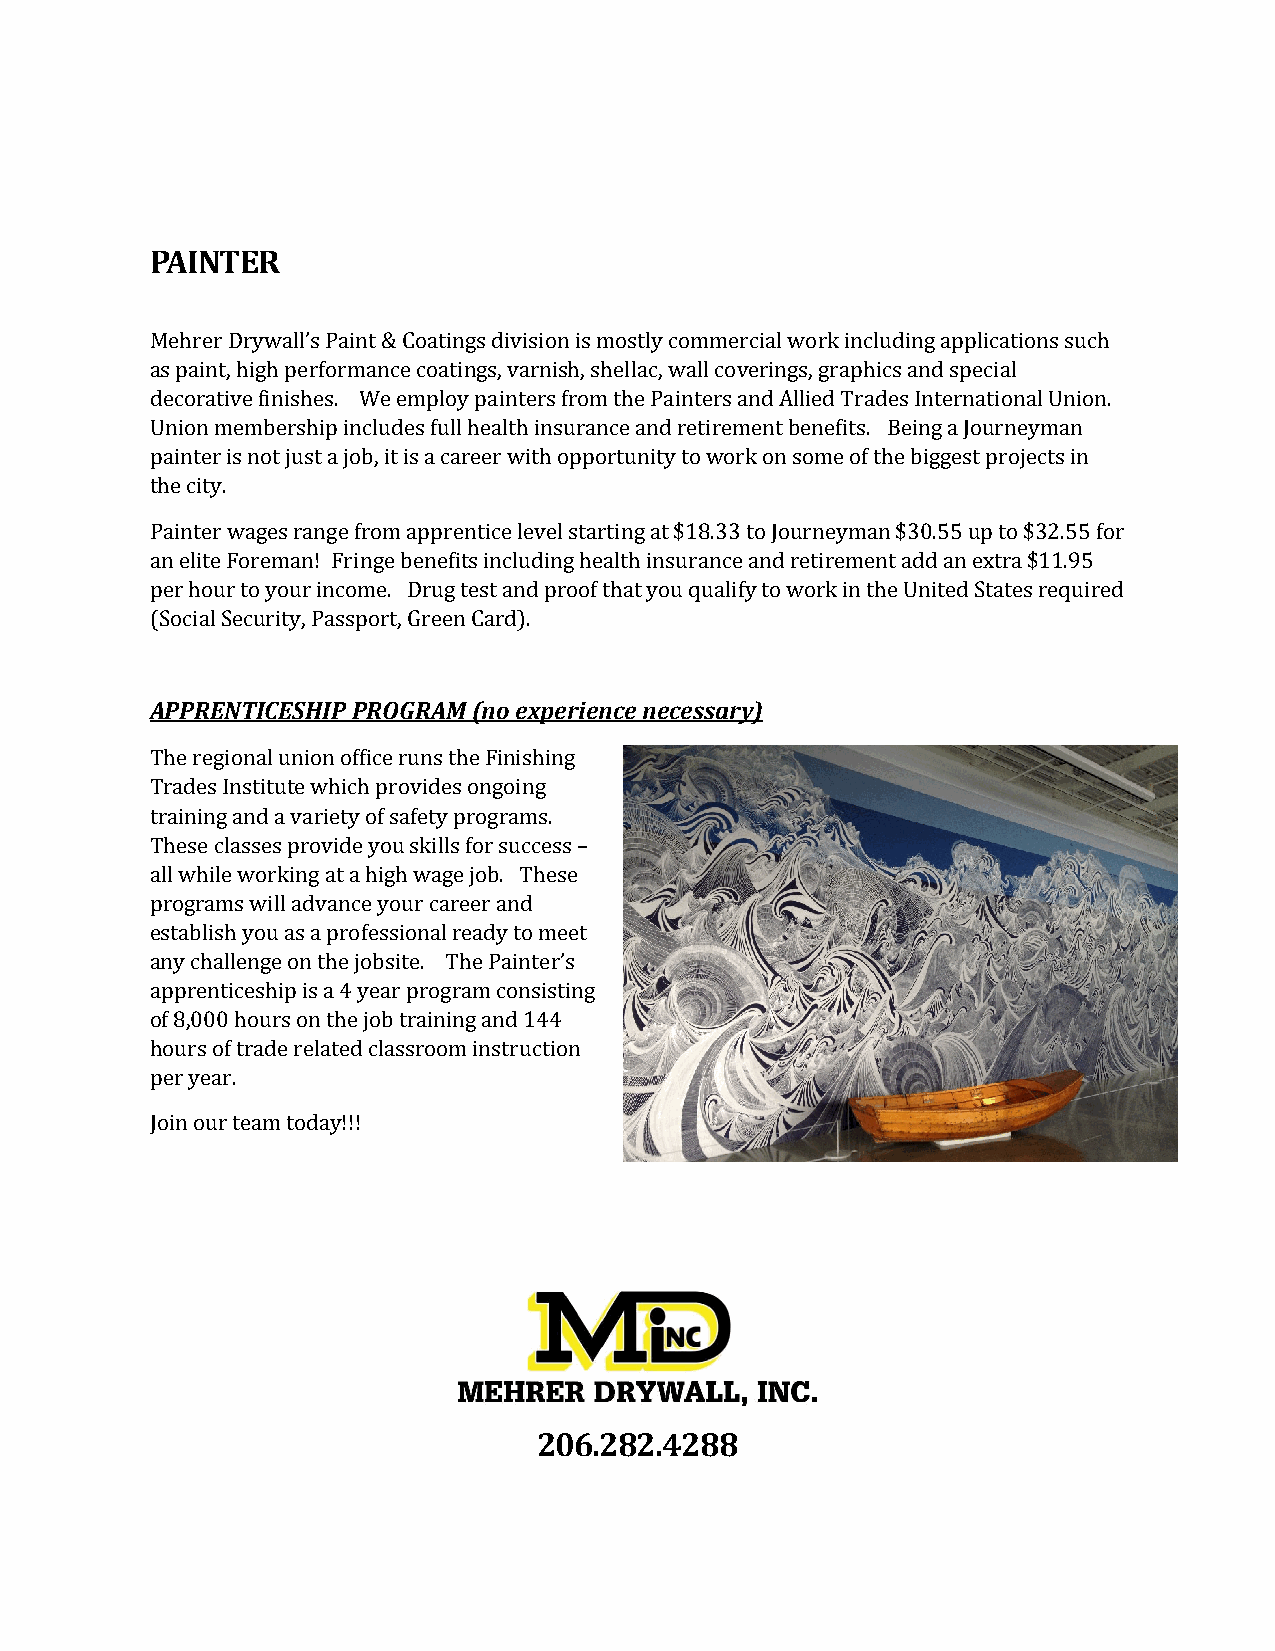
PAINTER
 Mehrer Drywall’s Paint & Coatings division is mostly commercial work including applications such
 as paint, high performance coatings, varnish, shellac, wall coverings, graphics and special
 decorative finishes. We employ painters from the Painters and Allied Trades International Union.
 Union membership includes full health insurance and retirement benefits. Being a Journeyman
 painter is not just a job, it is a career with opportunity to work on some of the biggest projects in
 the city.
 Painter wages range from apprentice level starting at $18.33 to Journeyman $30.55 up to $32.55 for
 an elite Foreman! Fringe benefits including health insurance and retirement add an extra $11.95
 per hour to your income. Drug test and proof that you qualify to work in the United States required
 (Social Security, Passport, Green Card).
 APPRENTICESHIP PROGRAM (no experience necessary)
 The regional union office runs the Finishing
 Trades Institute which provides ongoing
 training and a variety of safety programs.
 These classes provide you skills for success –
 all while working at a high wage job. These
 programs will advance your career and
 establish you as a professional ready to meet
 any challenge on the jobsite. The Painter’s
 apprenticeship is a 4 year program consisting
 of 8,000 hours on the job training and 144
 hours of trade related classroom instruction
 per year.
 Join our team today!!!
 206.282.4288